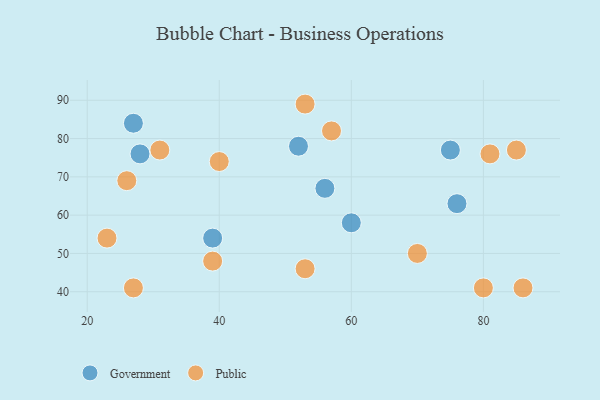
{"axis": {"x": "GDP", "y": "Life Expectancy"}, "legend": ["Government", "Public"], "data": [{"x": "56", "y": 67, "type": "Government"}, {"x": "75", "y": 77, "type": "Government"}, {"x": "52", "y": 78, "type": "Government"}, {"x": "39", "y": 54, "type": "Government"}, {"x": "60", "y": 58, "type": "Government"}, {"x": "27", "y": 84, "type": "Government"}, {"x": "76", "y": 63, "type": "Government"}, {"x": "28", "y": 76, "type": "Government"}, {"x": "27", "y": 41, "type": "Public"}, {"x": "80", "y": 41, "type": "Public"}, {"x": "23", "y": 54, "type": "Public"}, {"x": "81", "y": 76, "type": "Public"}, {"x": "85", "y": 77, "type": "Public"}, {"x": "53", "y": 89, "type": "Public"}, {"x": "57", "y": 82, "type": "Public"}, {"x": "40", "y": 74, "type": "Public"}, {"x": "31", "y": 77, "type": "Public"}, {"x": "53", "y": 46, "type": "Public"}, {"x": "86", "y": 41, "type": "Public"}, {"x": "70", "y": 50, "type": "Public"}, {"x": "26", "y": 69, "type": "Public"}, {"x": "39", "y": 48, "type": "Public"}]}